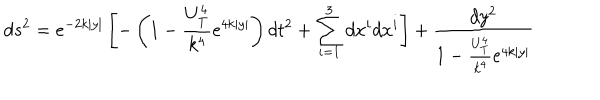
LaTeX: d s ^ { 2 } = e ^ { - 2 k | y | } \left[ - \left( 1 - \frac { U _ { T } ^ { 4 } } { k ^ { 4 } } e ^ { 4 k | y | } \right) d t ^ { 2 } + \sum _ { i = 1 } ^ { 3 } d x ^ { i } d x ^ { i } \right] + \frac { d y ^ { 2 } } { 1 - \frac { U _ { T } ^ { 4 } } { k ^ { 4 } } e ^ { 4 k | y | } }